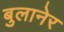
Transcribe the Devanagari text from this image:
बुलानेर